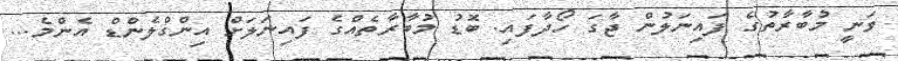
ވަނީ މުބާރާތުގެ ފައިނަލުން ޖާގަ ހޯދާފައި. ބޮޑު މުބާރާތެއްގެ ފައިނަލަށް އިންގްލެންޑް އެންމެ...